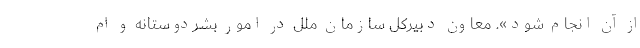
از آن انجام شود». معاون دبیرکل سازمان ملل در امور بشردوستانه و ام